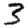
Digit: 3